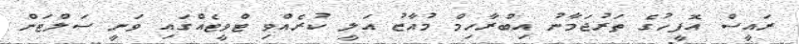
ރައީސް އޮފީހުގެ ތަރުޖަމާނު އިބްރާހިމް މުއާޒު އަލީ ކުރެއްވި ޓްވީޓެއްގައި ވަނީ ސަލްޓަން